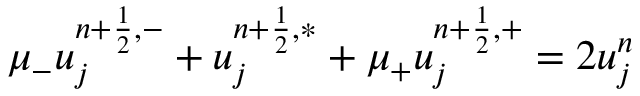
\mu _ { - } u _ { j } ^ { n + \frac { 1 } { 2 } , - } + u _ { j } ^ { n + \frac { 1 } { 2 } , \ast } + \mu _ { + } u _ { j } ^ { n + \frac { 1 } { 2 } , + } = 2 u _ { j } ^ { n }